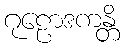
ဂုဠောဒကန္တိ